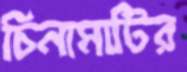
চিনামাটির